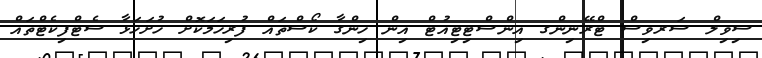
ސިވިލް ސަރވިސް ޓްރޭނިންގ އިންސްޓިޓިއުޓް އިން ހިންގާ ކޯސްތައް ފުރިހަމަކޮށް ހުށަހަޅާ ސެޓްފިކެޓްތައް